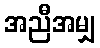
အညီအမျှ